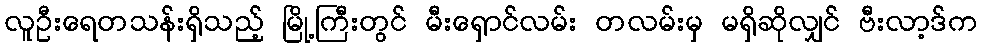
လူဦးရေတသန်းရှိသည့် မြို့ကြီးတွင် မီးရှောင်လမ်း တလမ်းမှ မရှိဆိုလျှင် ဗီးလာ့ဒ်က